Vaccination Hyderabad 1890-1903 - 1890-1903
Year: 1890
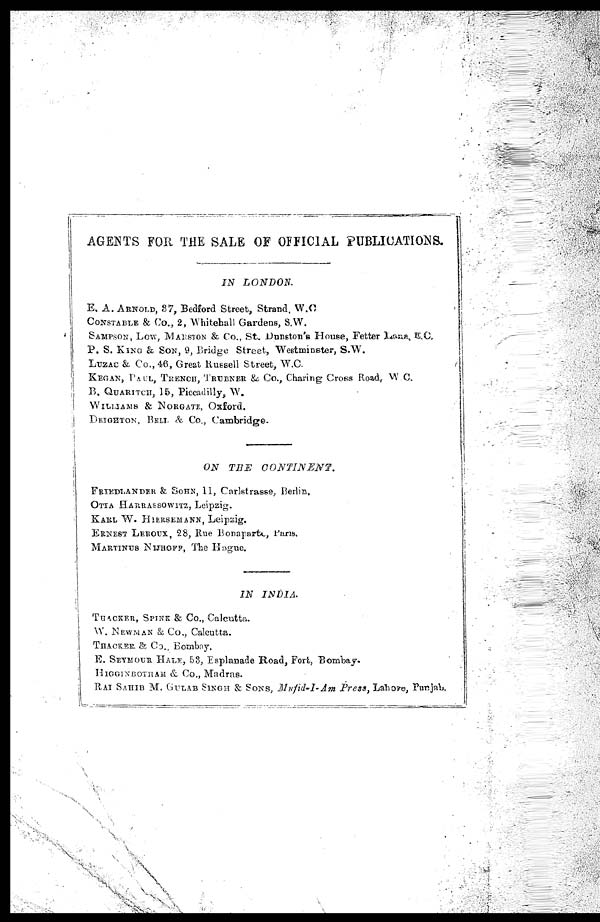
AGENTS FOR THE SALE OF OFFICIAL PUBLICATIONS.
IN
LONDON.
E. A. ARNOLD, 87, Bedford Street, Strand, W.C
CONSTABLE & Co., 2, Whitehall Gardens, S.W.
SAMPSON, LOW, MARSTON & Co., St. Dunston's House, Fetter Lana, E.C.
P. S. KING & SON, 9, Bridge Street, Westminster, S.W.
LUZAC & Co., 46, Great Russell Street, W.C.
KEGAN, PAUL, TRENCH, TRUBNER & Co., Charing Cross Road, W.C.
B. QUARITCH, 15, Piccadilly, W.
WILLIAMS & NORGATE, Oxford.
DEIGHTON, BELL & Co., Cambridge.
ON THE
CONTINENT.
FRIEDLANDER & SOHN, 11, Carlstrasse, Berlin.
OTTA HARRASSOWITZ, Leipzig.
KARL W. HIERSEMANN, Leipzig.
ERNEST LEROUX, 28, Rue Bonaparte, Paris.
MARTINUS NIJHOFF, The Hague.
IN
INDIA.
THACKER, SPINK & Co., Calcutta.
W. NEWMAN & Co., Calcutta.
THACKER & CO., Bombay.
E. SEYMOUR HALE, 53, Esplanade Road, Fort, Bombay.
HIGGINBOTHAM & Co., Madras.
RAI SAHIB M. GULAB SINGH & SONS, Mufid-I-Am Press, Lahore, Punjab.